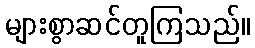
များစွာဆင်တူကြသည်။